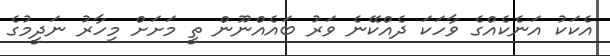
އެކަކު އަނެކެއްގެ ވާހަކަ ދެއްކޭނެ ވަރު ބައެއްނޫން ތީ މަށަށް މިހާރު ނަދީމުގެ